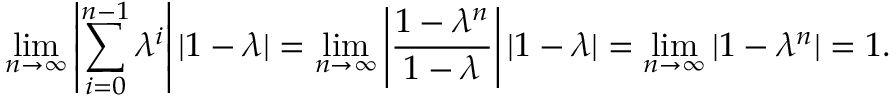
\operatorname* { l i m } _ { n \to \infty } \left| \sum _ { i = 0 } ^ { n - 1 } \lambda ^ { i } \right| | 1 - \lambda | = \operatorname* { l i m } _ { n \to \infty } \left| \frac { 1 - \lambda ^ { n } } { 1 - \lambda } \right| | 1 - \lambda | = \operatorname* { l i m } _ { n \to \infty } | 1 - \lambda ^ { n } | = 1 .